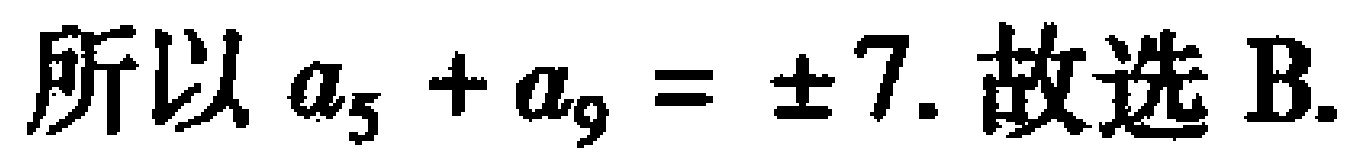
所以 \(a_{5}+a_{9}=\pm7\). 故选 B.